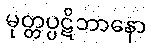
မုတ္တပ္ပဋိဘာနော